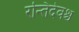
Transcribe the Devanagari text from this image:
रन्तिदेवश्च